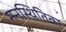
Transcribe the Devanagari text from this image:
मनस्थितिवर